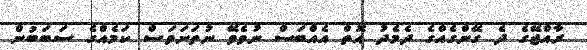
ރާއްޖޭގެ ދެ ގޭންގެއްގެ ދެމެދު އޮތް އެއްބަސް ނުވެވޭ ނުތަނަވަސް ކަމެއްގެ ސަބަބުން